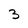
Character: 3